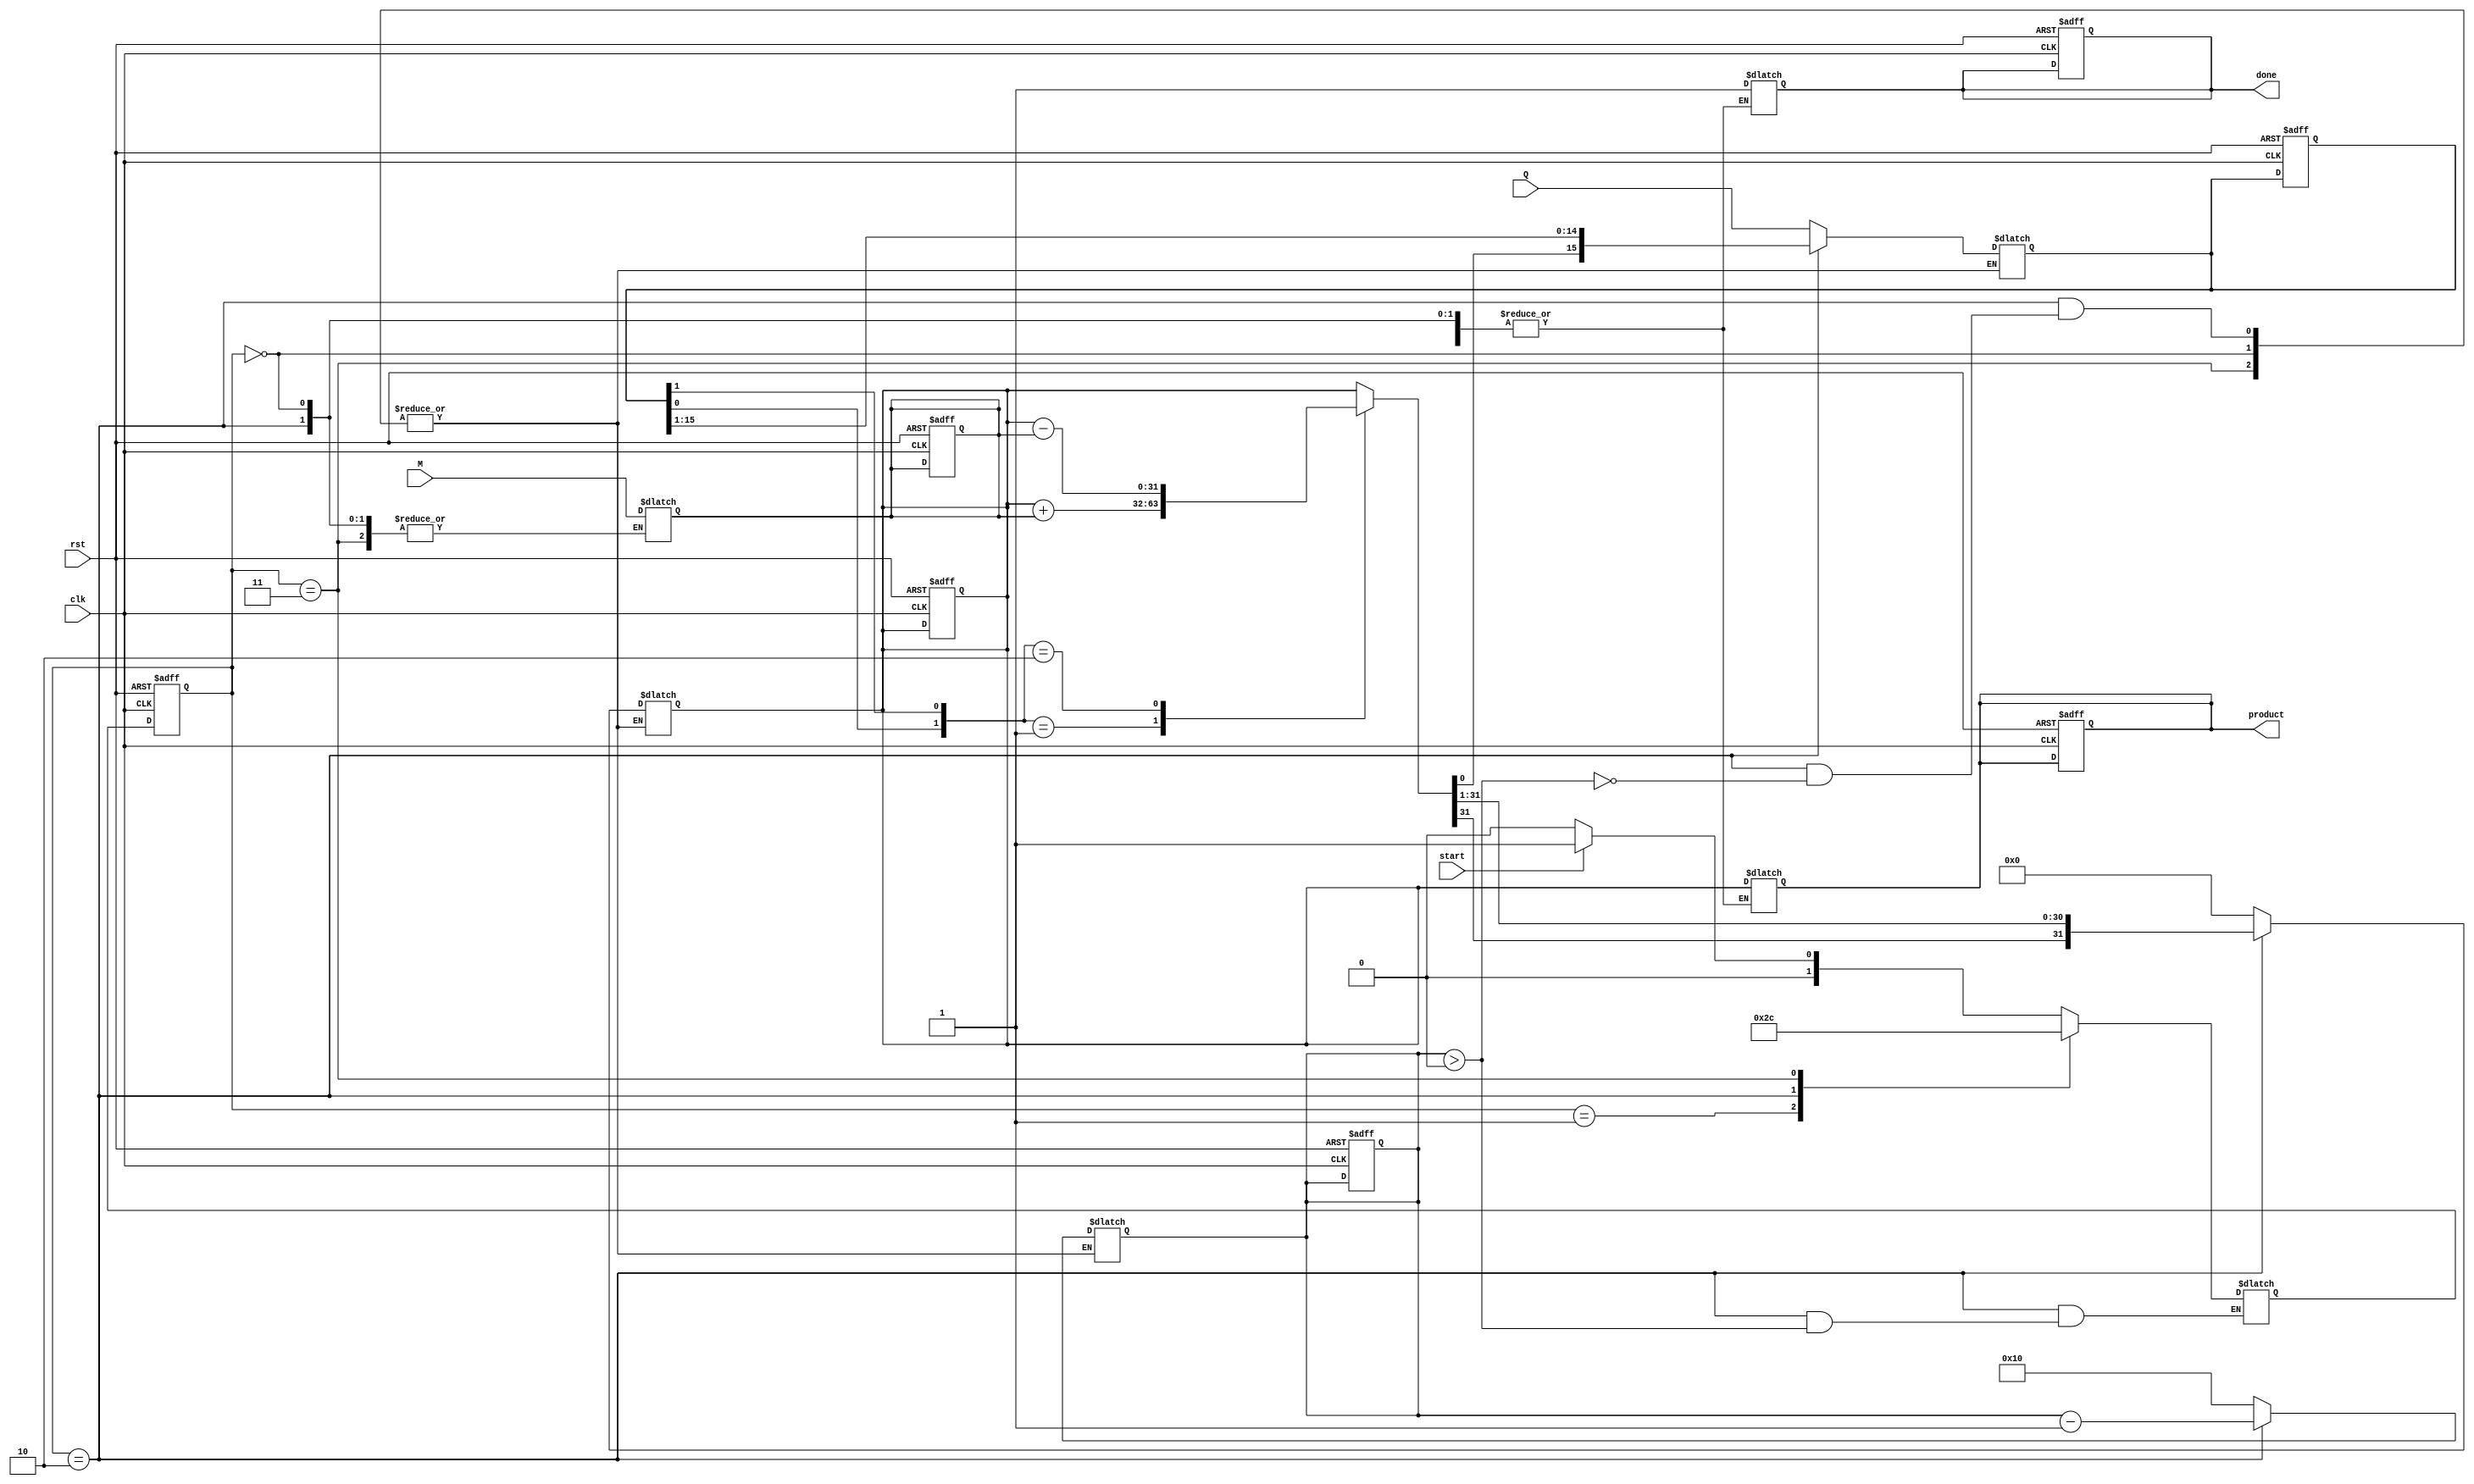
module modified_booth_multiplier (
    input wire clk,
    input wire rst,
    input wire start,
    input wire signed [15:0] M, // Multiplicand
    input wire signed [15:0] Q, // Multiplier
    output reg signed [31:0] product, // Final product
    output reg done // Indicates multiplication is complete
);

    // Internal registers
    reg signed [15:0] M_reg;
    reg signed [15:0] Q_reg;
    reg signed [31:0] A; // Accumulator
    reg [4:0] count; // Count of bits processed
    reg [1:0] state; // FSM state
    reg [1:0] next_state; // Next state for FSM

    // State encoding
    localparam IDLE = 2'b00,
               LOAD = 2'b01,
               PROCESS = 2'b10,
               DONE = 2'b11;

    // Booth encoding and partial product generation
    always @(posedge clk or posedge rst) begin
        if (rst) begin
            // Reset all registers
            M_reg <= 0;
            Q_reg <= 0;
            A <= 0;
            count <= 0;
            product <= 0;
            done <= 0;
            state <= IDLE;
        end else begin
            state <= next_state;
        end
    end

    // FSM for control
    always @(*) begin
        case (state)
            IDLE: begin
                if (start) begin
                    next_state = LOAD;
                end else begin
                    next_state = IDLE;
                end
            end
            
            LOAD: begin
                // Load the multiplicand and multiplier
                M_reg = M;
                Q_reg = Q;
                A = 0;
                count = 16; // Assuming 16-bit inputs
                next_state = PROCESS;
            end
            
            PROCESS: begin
                if (count > 0) begin
                    // Booth encoding logic
                    case ({Q_reg[0], Q_reg[1]})
                        2'b00: begin
                            // Do nothing
                        end
                        2'b01: begin
                            A = A + M_reg; // Add multiplicand
                        end
                        2'b10: begin
                            A = A - M_reg; // Subtract multiplicand
                        end
                        2'b11: begin
                            // Do nothing
                        end
                    endcase
                    
                    // Arithmetic right shift
                    {A, Q_reg} = {A[31], A, Q_reg} >> 1;
                    count = count - 1;
                end else begin
                    next_state = DONE;
                end
            end
            
            DONE: begin
                product = A; // Store the final product
                done = 1; // Indicate completion
                next_state = IDLE; // Go back to IDLE
            end
            
            default: next_state = IDLE;
        endcase
    end

endmodule